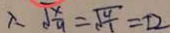
\therefore \sqrt { \frac { x } { 9 } } = \sqrt { \frac { 4 } { 1 } } = \pm 2